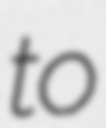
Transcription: to